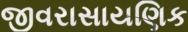
જીવરાસાયણિક